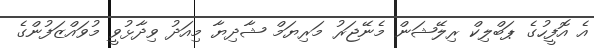
އެ އޮފީހުގެ ޕަބްލިކް ރިލޭޝަން މެނޭޖަރު މަރިޔަމް ޝާދިޔާ މިއަދު ވިދާޅުވީ މުވައްޒަފުންގެ